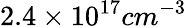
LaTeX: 2.4\times 10^{17}cm^{-3}